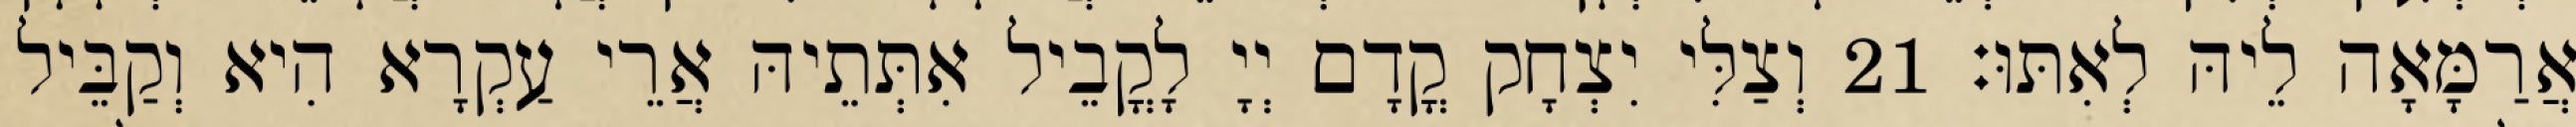
אֲרַמָּאָה לֵיהּ לְאִתּוּ׃ 21 וְצַלִּי יִצְחָק קֳדָם יְיָ לָקֳבֵיל אִתְּתֵיהּ אֲרֵי עַקְרָא הִיא וְקַבֵּיל